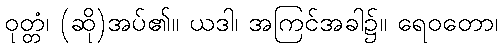
ဝုတ္တံ၊ (ဆို)အပ်၏။ ယဒါ၊ အကြင်အခါ၌။ ရေဝတော၊